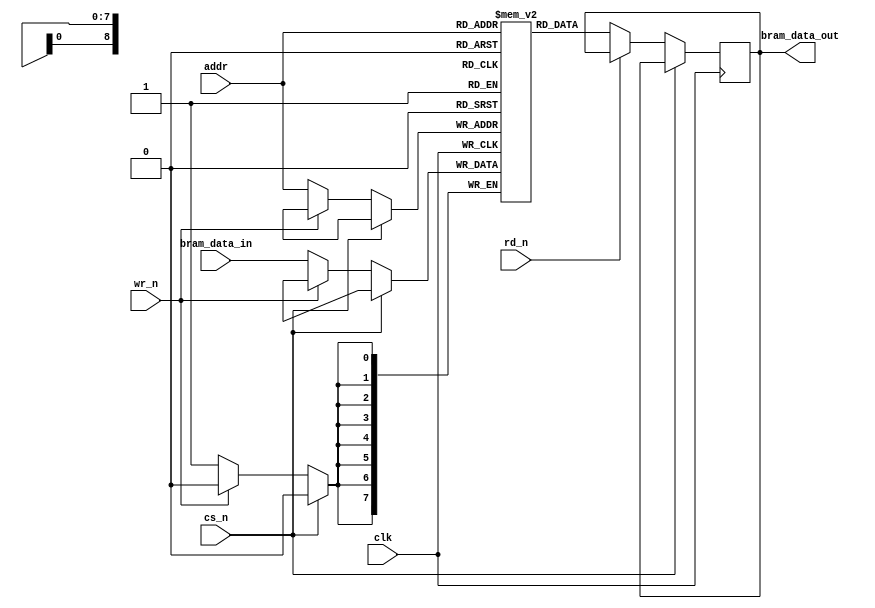
module bram (
    input clk, 
    input [BRAM_ADDR_WIDTH-1:0] addr, 
    input cs_n,
    input wr_n, 
    input rd_n,
    input [BRAM_DATA_WIDTH-1:0] bram_data_in,
    output reg [BRAM_DATA_WIDTH-1:0] bram_data_out
);

    parameter BRAM_ADDR_WIDTH = 9;
    parameter BRAM_DATA_WIDTH = 8;

    reg [BRAM_DATA_WIDTH-1:0] mem [(1<<BRAM_ADDR_WIDTH)-1:0];

    always @(posedge clk)
        if (cs_n == 1'b0) begin
            begin
                if (wr_n == 1'b0) mem[(addr)] <= bram_data_in;
                if (rd_n == 1'b0) bram_data_out <= mem[addr];
            end
        end
    endmodule